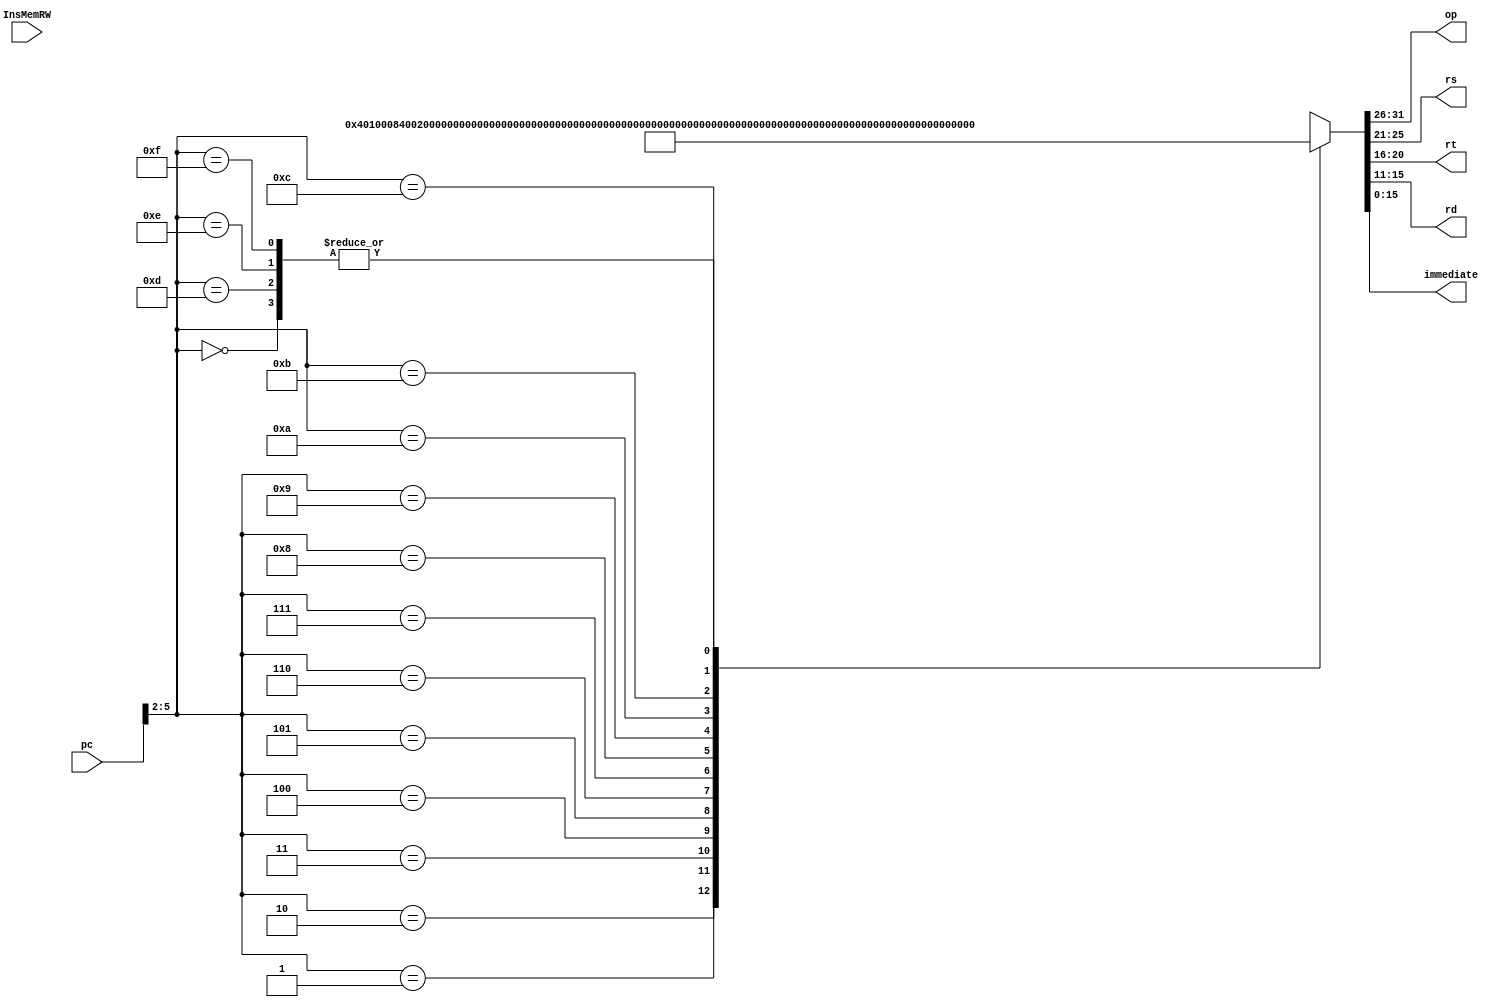
`timescale 1ns / 1ps
 
module instructionMemory(
    input [31:0] pc,
    input InsMemRW,
	 output [5:0] op, 
	 output [4:0] rs, rt, rd,
	 output [15:0] immediate);
	 
	 wire [31:0] mem[0:15];
	 
	 assign mem[0] = 32'h00000000;
    // addi  $1,$0,8
	 assign mem[1] = 32'h04010008;
	 // ori  $2,$0,12
	 assign mem[2] = 32'h4002000C;
	 // add  $3,$1,$2
	 assign mem[3] = 32'h00221800;
	 // sub  $4,$2,$1
	 assign mem[4] = 32'h08412000;
	 // and  $5,$1,$2
	 assign mem[5] = 32'h44222800;
	 // or  $6,$1,$2
	 assign mem[6] = 32'h48223000;
	 // beq  $1,$2,4 (030)
	 assign mem[7] = 32'hC0220004;
	 // move  $7,$1
	 assign mem[8] = 32'h80203800;
	 // sw  $1,1($7)
	 assign mem[9] = 32'h98E10001;
	 // lw  $2,0($1)
	 assign mem[10] = 32'h9C220000;
	 // beq $2,$7,-5 (01C)
	 assign mem[11] = 32'hC047FFFB;
	 // halt
	 assign mem[12] = 32'hFC000000;
	 
	 assign mem[13] = 32'h00000000;
	 assign mem[14] = 32'h00000000;
	 assign mem[15] = 32'h00000000;
	 
	 // output
	 assign op = mem[pc[5:2]][31:26];
	 assign rs = mem[pc[5:2]][25:21];
	 assign rt = mem[pc[5:2]][20:16];
	 assign rd = mem[pc[5:2]][15:11];
	 assign immediate = mem[pc[5:2]][15:0];
 
endmodule